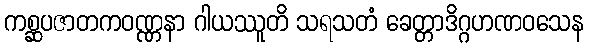
ကစ္ဆပဇာတကဝဏ္ဏနာ ဂါယဿူတိ သရသတံ ခေတ္တာဒိဂ္ဂဟဏဝသေန